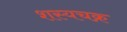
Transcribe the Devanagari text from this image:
शस्यचक्र